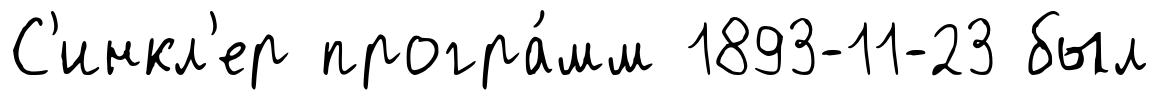
С'инкл'ер програ́мм 1893-11-23 был